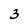
Character: 3